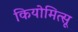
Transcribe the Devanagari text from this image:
कियोमित्सू